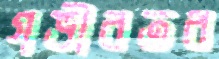
গভীরতর